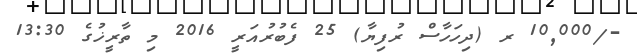
-/10